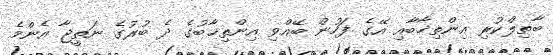
ބާތިލްކުރި އިންތިޚާބާއި އޭގެ ފަހުން ބޭއްވި އިންތިޚާބުގެ ދެ ބުރުގެ ނަތީޖާ އެންމެ